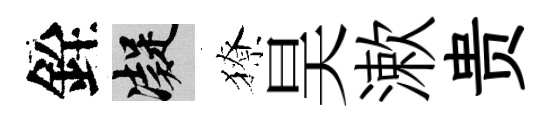
銓凝獠昊漱贵